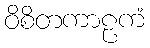
ဝိစိတကာဠကံ